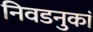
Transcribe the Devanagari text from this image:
निवडनुकां